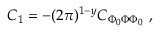
C _ { 1 } = - ( 2 \pi ) ^ { 1 - y } C _ { \Phi _ { 0 } \Phi \Phi _ { 0 } } \ ,